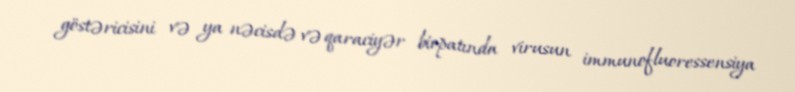
göstəricisini və ya nəcisdə və qaraciyər biopatında virusun immunofluoressensiya